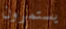
يستمرون